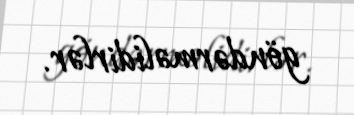
göndərməlidirlər.